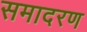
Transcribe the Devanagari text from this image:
समादरण